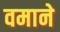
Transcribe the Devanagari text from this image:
वमाने